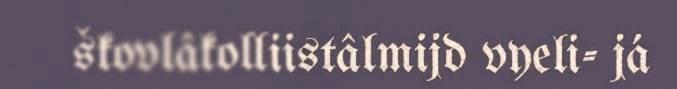
škovlâkolliistâlmijd vyeli- já